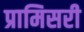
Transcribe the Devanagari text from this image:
प्रामिसरी